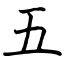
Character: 五